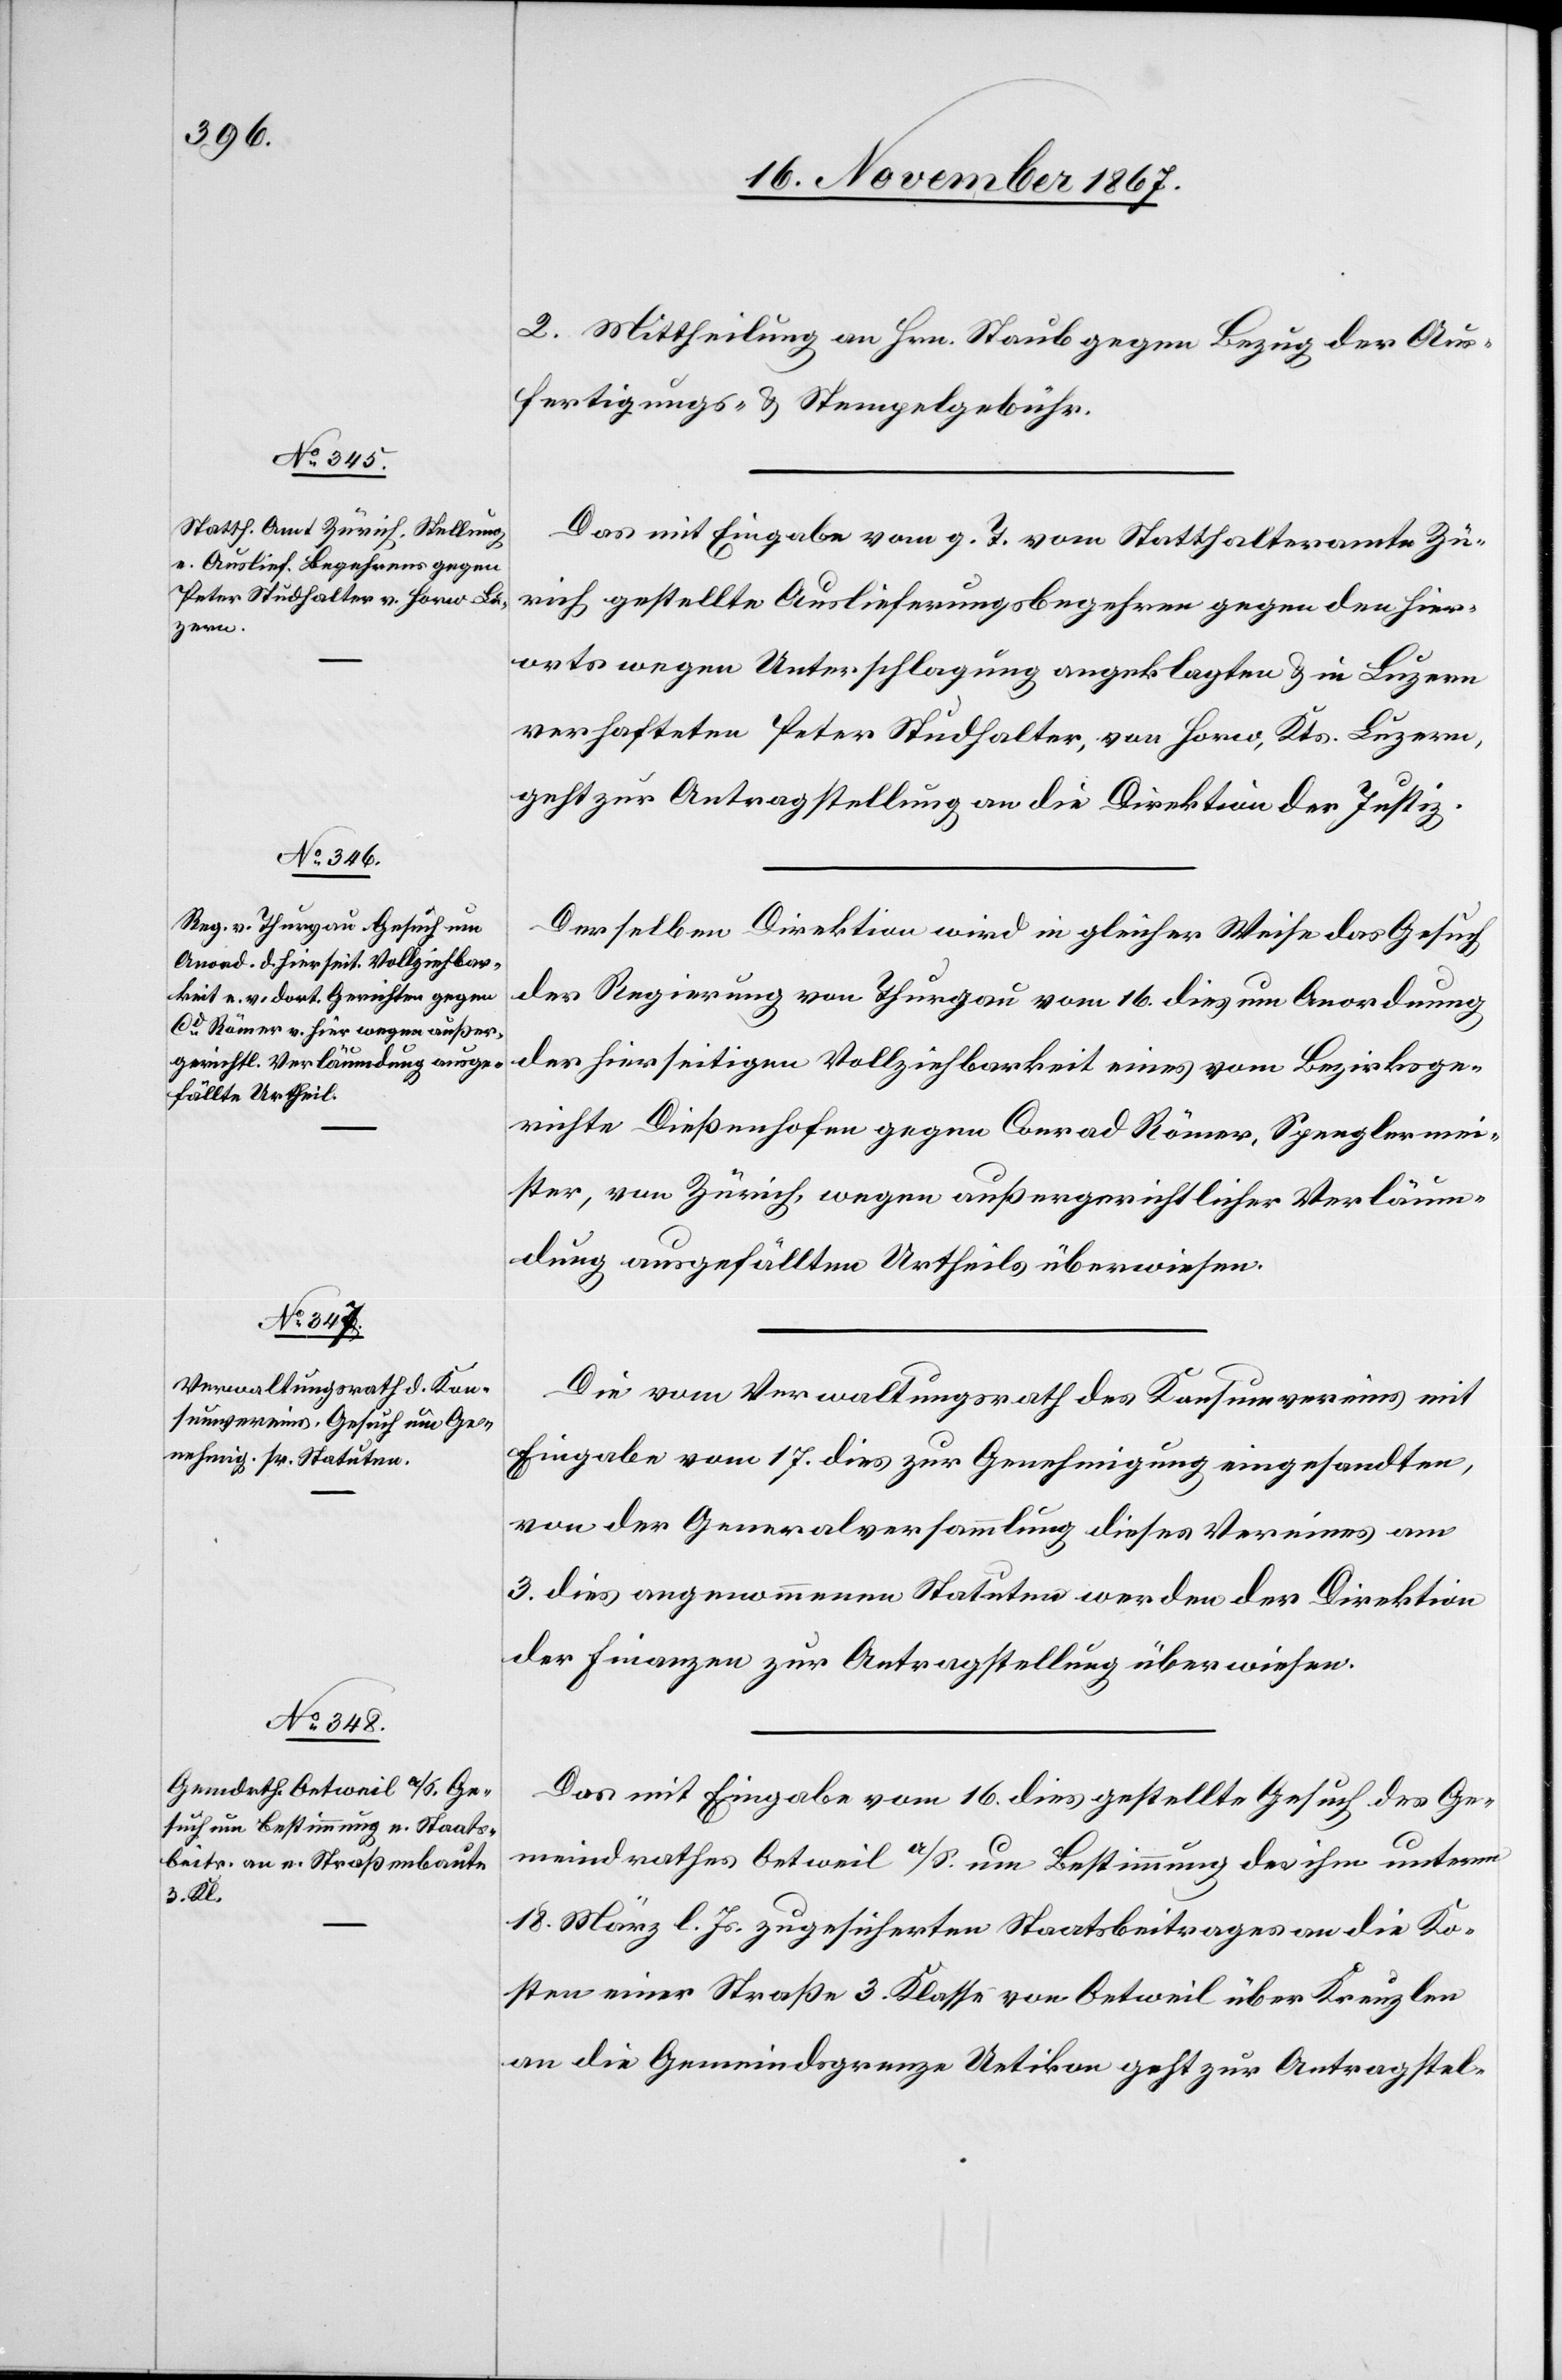
20. November 1867.]
Das mit Eingabe vom g. T. vom Statthalteramte Zü¬
rich gestellte Auslieferungsbegehren gegen den hier¬
orts wegen Unterschlagung angeklagten u. in Luzern
verhafteten Peter Studhalter, von Horw, Kts. Luzern,
geht zur Antragstellung an die Direktion der Justiz.
Derselben Direktion wird in gleicher Weise das Gesuch
der Regierung von Thurgau vom 16. dies um Anordnung
der hierseitigen Vollziehbarkeit eines vom Bezirksge¬
richte Dießenhofen gegen Conrad Römer, Spenglermei¬
ster, von Zürich, wegen außergerichtlicher Verläum¬
dung ausgefällten Urtheils überwiesen.
Das mit Eingabe vom 16. dies gestellte Gesuch des Ge¬
meindrathes Oetweil a/S. um Bestimmung des ihm unterm
18. März l. Js. zugesicherten Staatsbeitrages an die Ko¬
sten einer Straße 3. Klasse von Oetweil über Kreuzlen
an die Gemeindsgrenze Uetikon geht zur Antragstel-